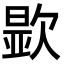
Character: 𬅮